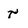
Character: r